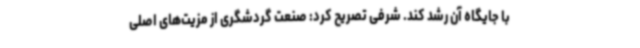
با جایگاه آن رشد کند. شرفی تصریح کرد: صنعت گردشگری از مزیت‌های اصلی